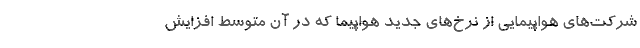
شرکت‌های هواپیمایی از نرخ‌های جدید هواپیما که در آن متوسط افزایش